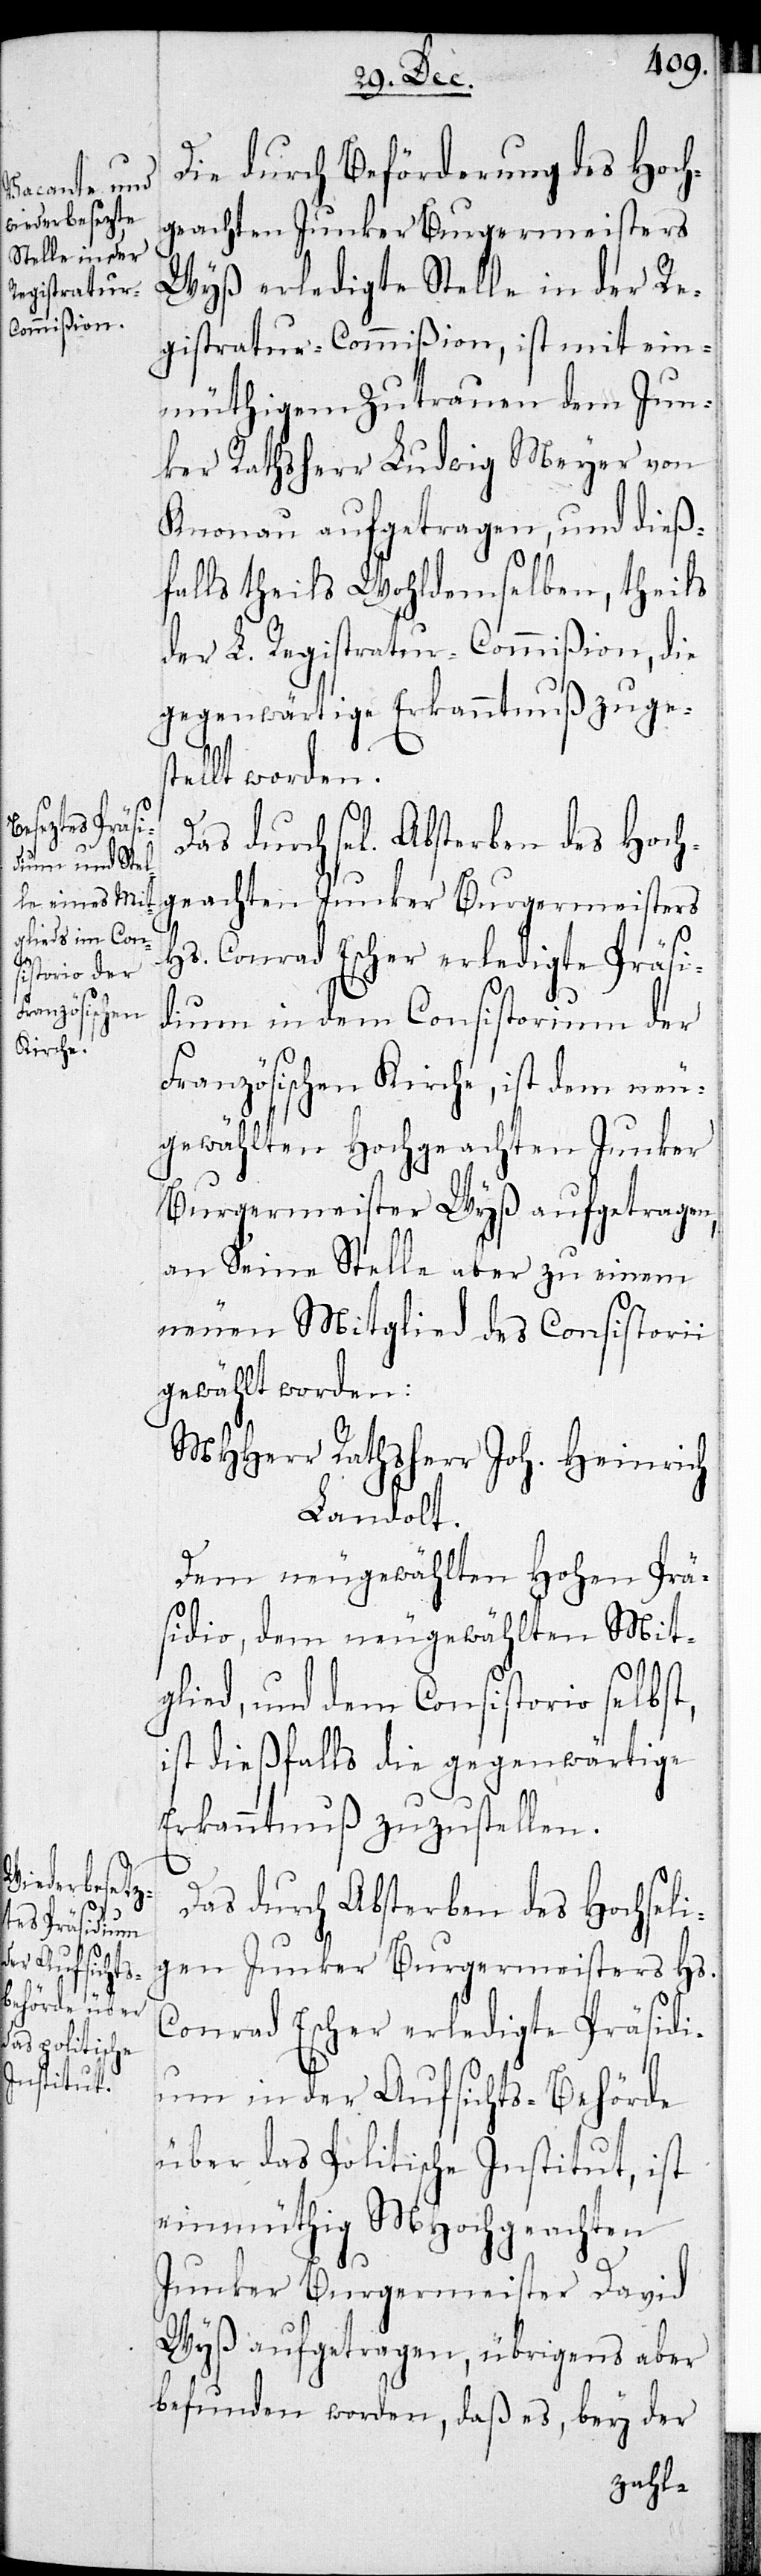
des Hoch¬

Die durch Beförderung des Hoch¬
geachten Junker Burgermeisters
Wyß erledigte Stelle in der Re¬
gistratur-Commißion, ist mit ein¬
müthigem Zutrauen dem Jun¬
ker Rathsherr Ludwig Meyer von
Knonau aufgetragen, und dieß¬
falls theils Wohldemselben, theils
der L. Registratur-Commißion, die
gegenwärtige Erkanntnuß zuges¬
tellt worden.
Hs. Conrad Escher erledigte Präsi¬
dium in dem Consistorium der
Französischen Kirche, ist dem neu¬
gewählten Hochgeachten Junker
Burgermeister Wyß aufgetragen,
an seine Stelle aber zu einem
neuen Mitglied des Consistorii
gewählt worden:
MHHerr Rathsherr Joh. Heinrich
Landolt.
Dem neugewählten Hohen Prä¬
sidio, dem neugewählten Mit¬
glied, und dem Consistorio selbst,
ist dießfalls die gegenwärtige
Erkanntnuß zuzustellen.
Das durch Absterben des Hochseli¬
gen Junker Burgermeisters Hs.
Conrad Escher erledigte Präsidi¬
um in der Aufsichts-Behörde
über das politische Institut, ist
einmüthig MHochgeachten
Junker Burgermeister David
Wyß aufgetragen, übrigens aber
befunden worden, daß es, bey der
zahl-